Annual administration report of the Civil Veterinary Department of India - 1897-1898
Year: 1897
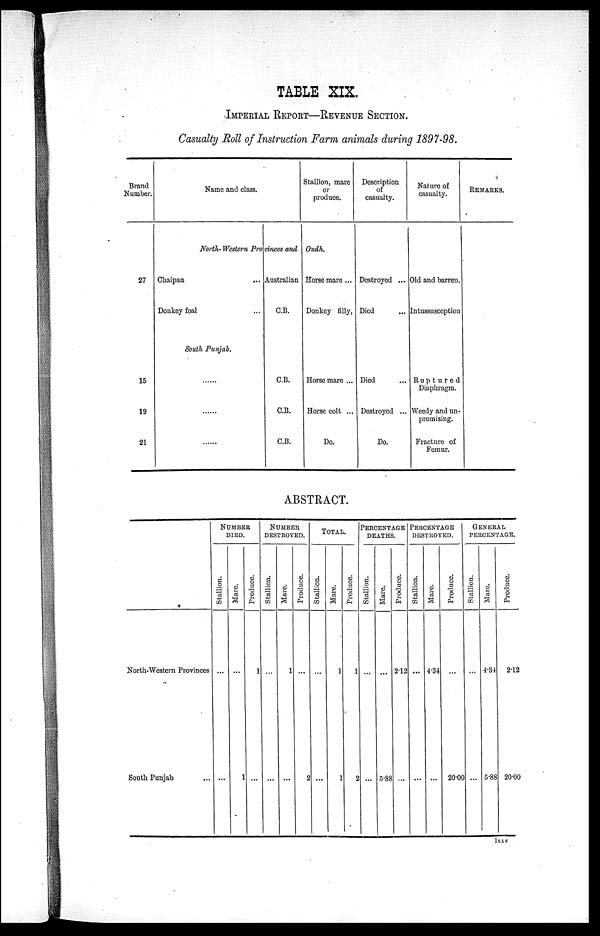
TABLE XIX.
IMPERIAL REPORT—REVENUE SECTION.
Casualty Roll of Instruction Farm animals during 1897-98.
Brand
Number.
27
15
19
21
Name and class.
Stallion, mare
or
produce.
North - Western Provinces and Oudh.
Chaipan ...
Donkey foal ...
South Punjab.
......
......
......
Australian
C.B.
C.B.
C.B.
C.B.
Horse mare ...
Donkey filly,
Horse mare ...
Horse colt ...
Do.
Description
of
casualty.
Destroyed ...
Died ...
Died ...
Destroyed ...
Do.
Nature of
casualty.
Old and barren.
Intussusception
Ruptured
Diaphragm.
Weedy and un-
promising.
Fracture of
Femur.
Remarks.
ABSTRACT.
North-Western Provinces
South Punjab ...
NUMBER
DIED.
Stallion.
...
Mare.
...
...
Produce.
1
...
NUMBER
DESTROYED.
Stallion.
...
1
Mare.
1
...
Produce.
...
2
TOTAL
Stallion.
...
...
Mare.
1
1
Produce.
1
2
PERCENTAGE
DEATHS.
Stallion.
...
...
Mare.
...
5.88
Produce.
2.12
...
PERCENTAGE
DESTROYED.
Stallion.
...
...
Mare.
4.34
...
Produce.
...
20.00
GENERAL
PERCENTAGE.
Stallion.
...
...
Mare.
4.34
5.88
Produce.
2.12
20.00
lxxv